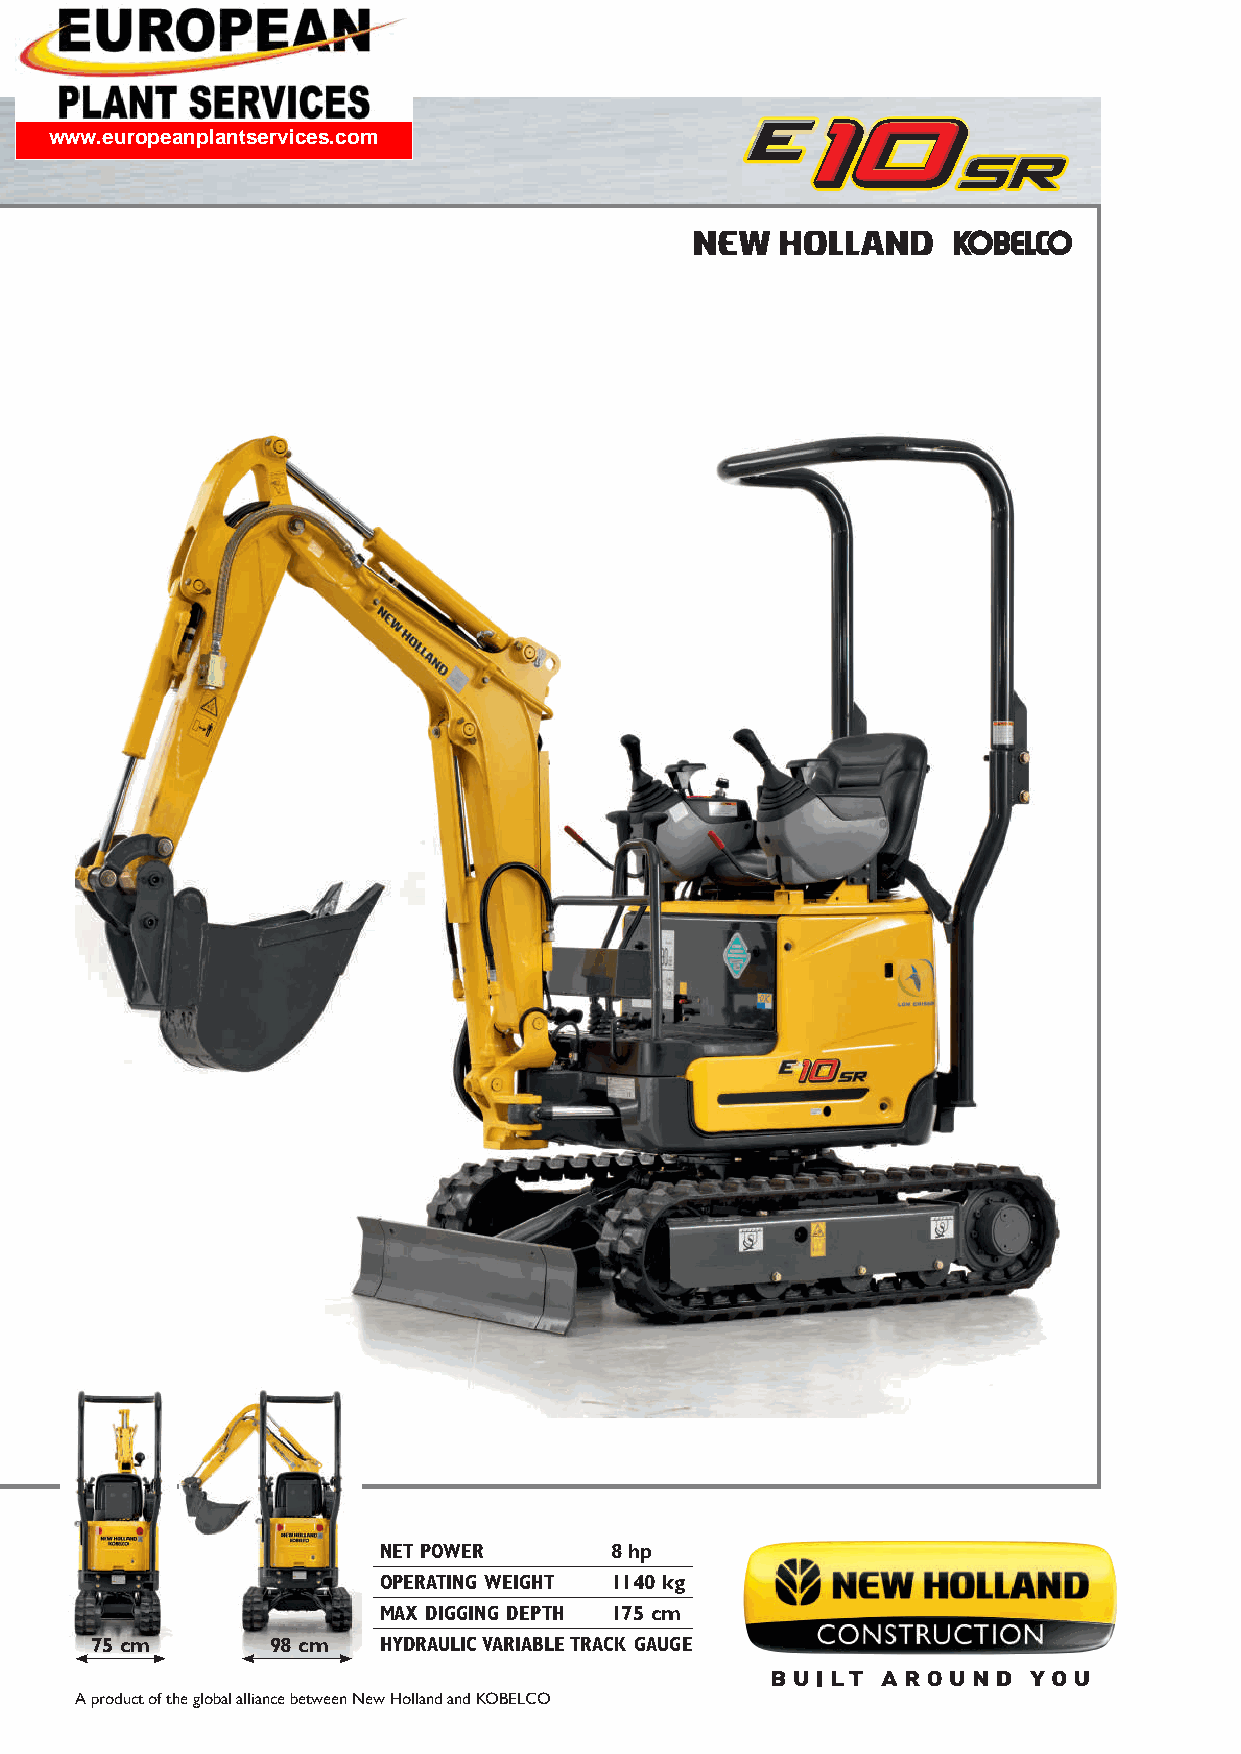
www.europeanplantservices.com
 NET POWER      8 hp
 OPERATING WEIGHT 1140 kg
 MAX DIGGING DEPTH 175 cm
 75 cm       98 cm  HYDRAULIC VARIABLE TRACK GAUGE
 A product of the global alliance between New Holland and KOBELCO